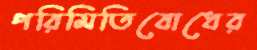
পরিমিতিবোধের